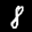
Label: 8